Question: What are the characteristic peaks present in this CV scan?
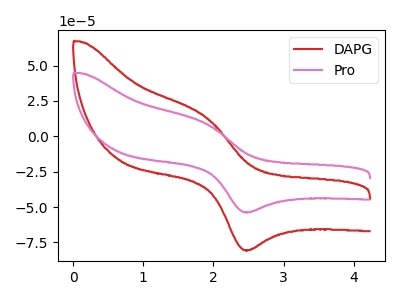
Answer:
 <answer>The red curve "DAPG" has an anodic peak at (1.90V, 13.60uA) and a cathodic peak at (2.50V, -80.45uA). The pink curve "Pro" has an anodic peak at (1.90V, 9.05uA) and a cathodic peak at (2.50V, -53.65uA).</answer>
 <eval></eval>